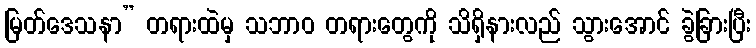
မြတ်ဒေသနာ” တရားထဲမှ သဘာဝ တရားတွေကို သိရှိနားလည် သွားအောင် ခွဲခြားပြီး